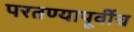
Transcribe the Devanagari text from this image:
परतण्यापूर्वीच